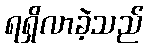
ရရှိလာခဲ့သည်